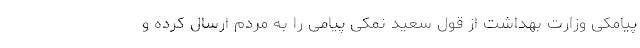
پیامکی وزارت بهداشت از قول سعید نمکی پیامی را به مردم ارسال کرده و